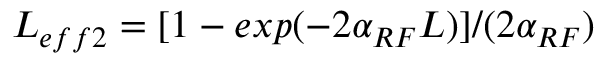
L _ { e f f 2 } = [ 1 - e x p ( - 2 \alpha _ { R F } L ) ] / ( 2 \alpha _ { R F } )